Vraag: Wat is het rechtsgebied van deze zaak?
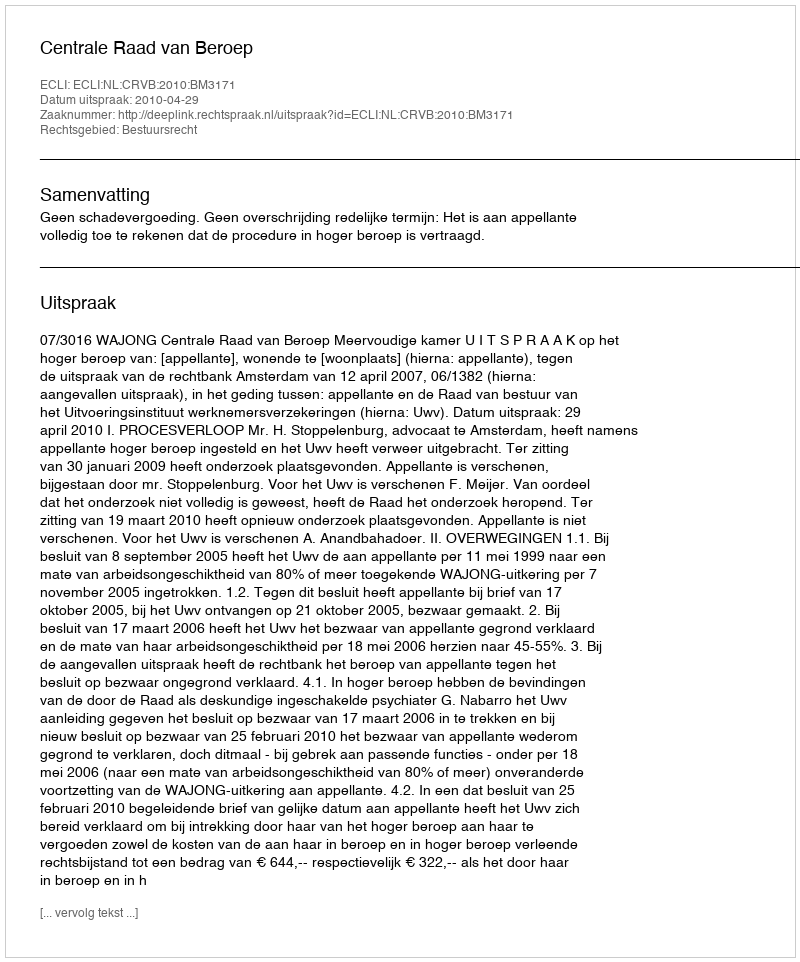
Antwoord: Bestuursrecht